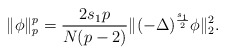
\begin{align*}\|\phi\|_p^p& = \frac{2s_1p}{N(p-2)}\|(-\Delta)^{\frac{s_1}{2}}\phi\|_2^2.\end{align*}